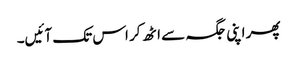
پھر اپنی جگہ سے اٹھ کر اس تک آئیں۔